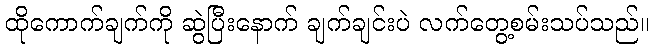
ထိုကောက်ချက်ကို ဆွဲပြီးနောက် ချက်ချင်းပဲ လက်တွေ့စမ်းသပ်သည်။